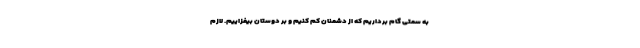
به سمتی گام برداریم که از دشمنان کم کنیم و بر دوستان بیفزاییم. لازم